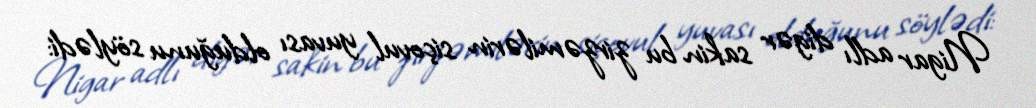
Nigar adlı digər sakin bu zirzəmilərin siçovul yuvası olduğunu söylədi: